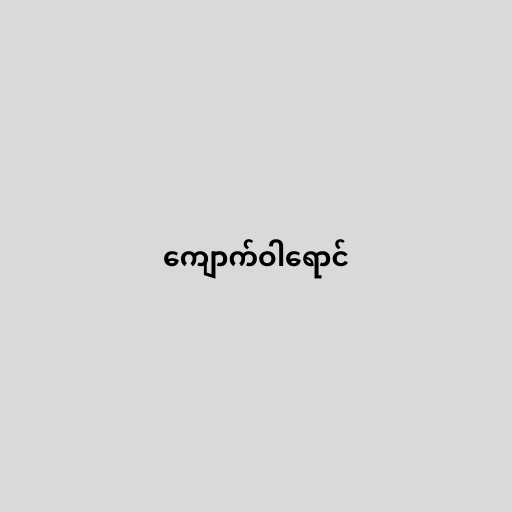
ကျောက်ဝါရောင်